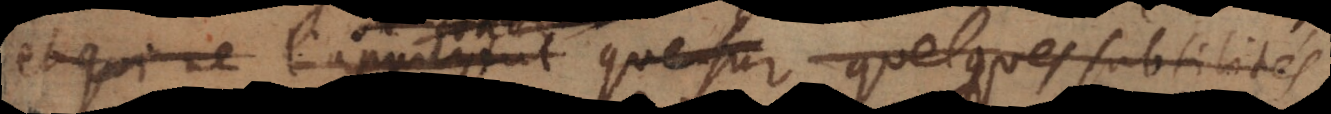
et qui ne l’appuyent que sur quelques subtilités